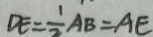
D E = \frac { 1 } { 2 } A B = A E